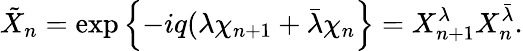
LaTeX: \tilde{X}_{n}=\exp\left\{ -iq(\lambda\chi_{n+1}+\bar{\lambda}\chi_{n}\right\} =X_{n+1}^{\lambda}X_{n}^{\bar{\lambda}}.